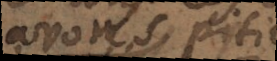
avons pitié